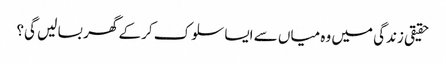
حقیقی زندگی میں وہ میاں سے ایسا سلوک کر کے گھر بسا لیں گی؟